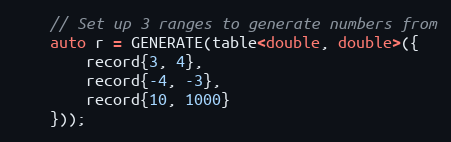
Language: C++
    // Set up 3 ranges to generate numbers from
    auto r = GENERATE(table<double, double>({
        record{3, 4},
        record{-4, -3},
        record{10, 1000}
    }));